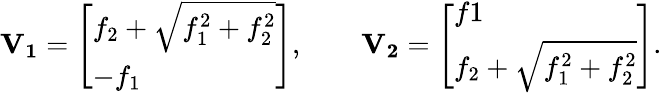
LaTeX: \mathbf{V_{1}}=\left[\begin{array}{l}{f_{2}+\sqrt{f_{1}^{2}+f_{2}^{2}}}\\ {-f_{1}}\end{array}\right],\qquad\mathbf{V_{2}}=\left[\begin{array}{l}{f1}\\ {f_{2}+\sqrt{f_{1}^{2}+f_{2}^{2}}}\end{array}\right].